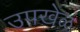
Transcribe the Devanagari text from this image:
उपखेळ